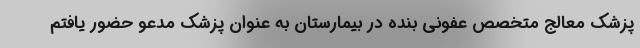
پزشک معالج متخصص عفونی بنده در بیمارستان به عنوان پزشک مدعو حضور یافتم